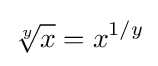
{\sqrt[{y}]{x}}=x^{1/y}